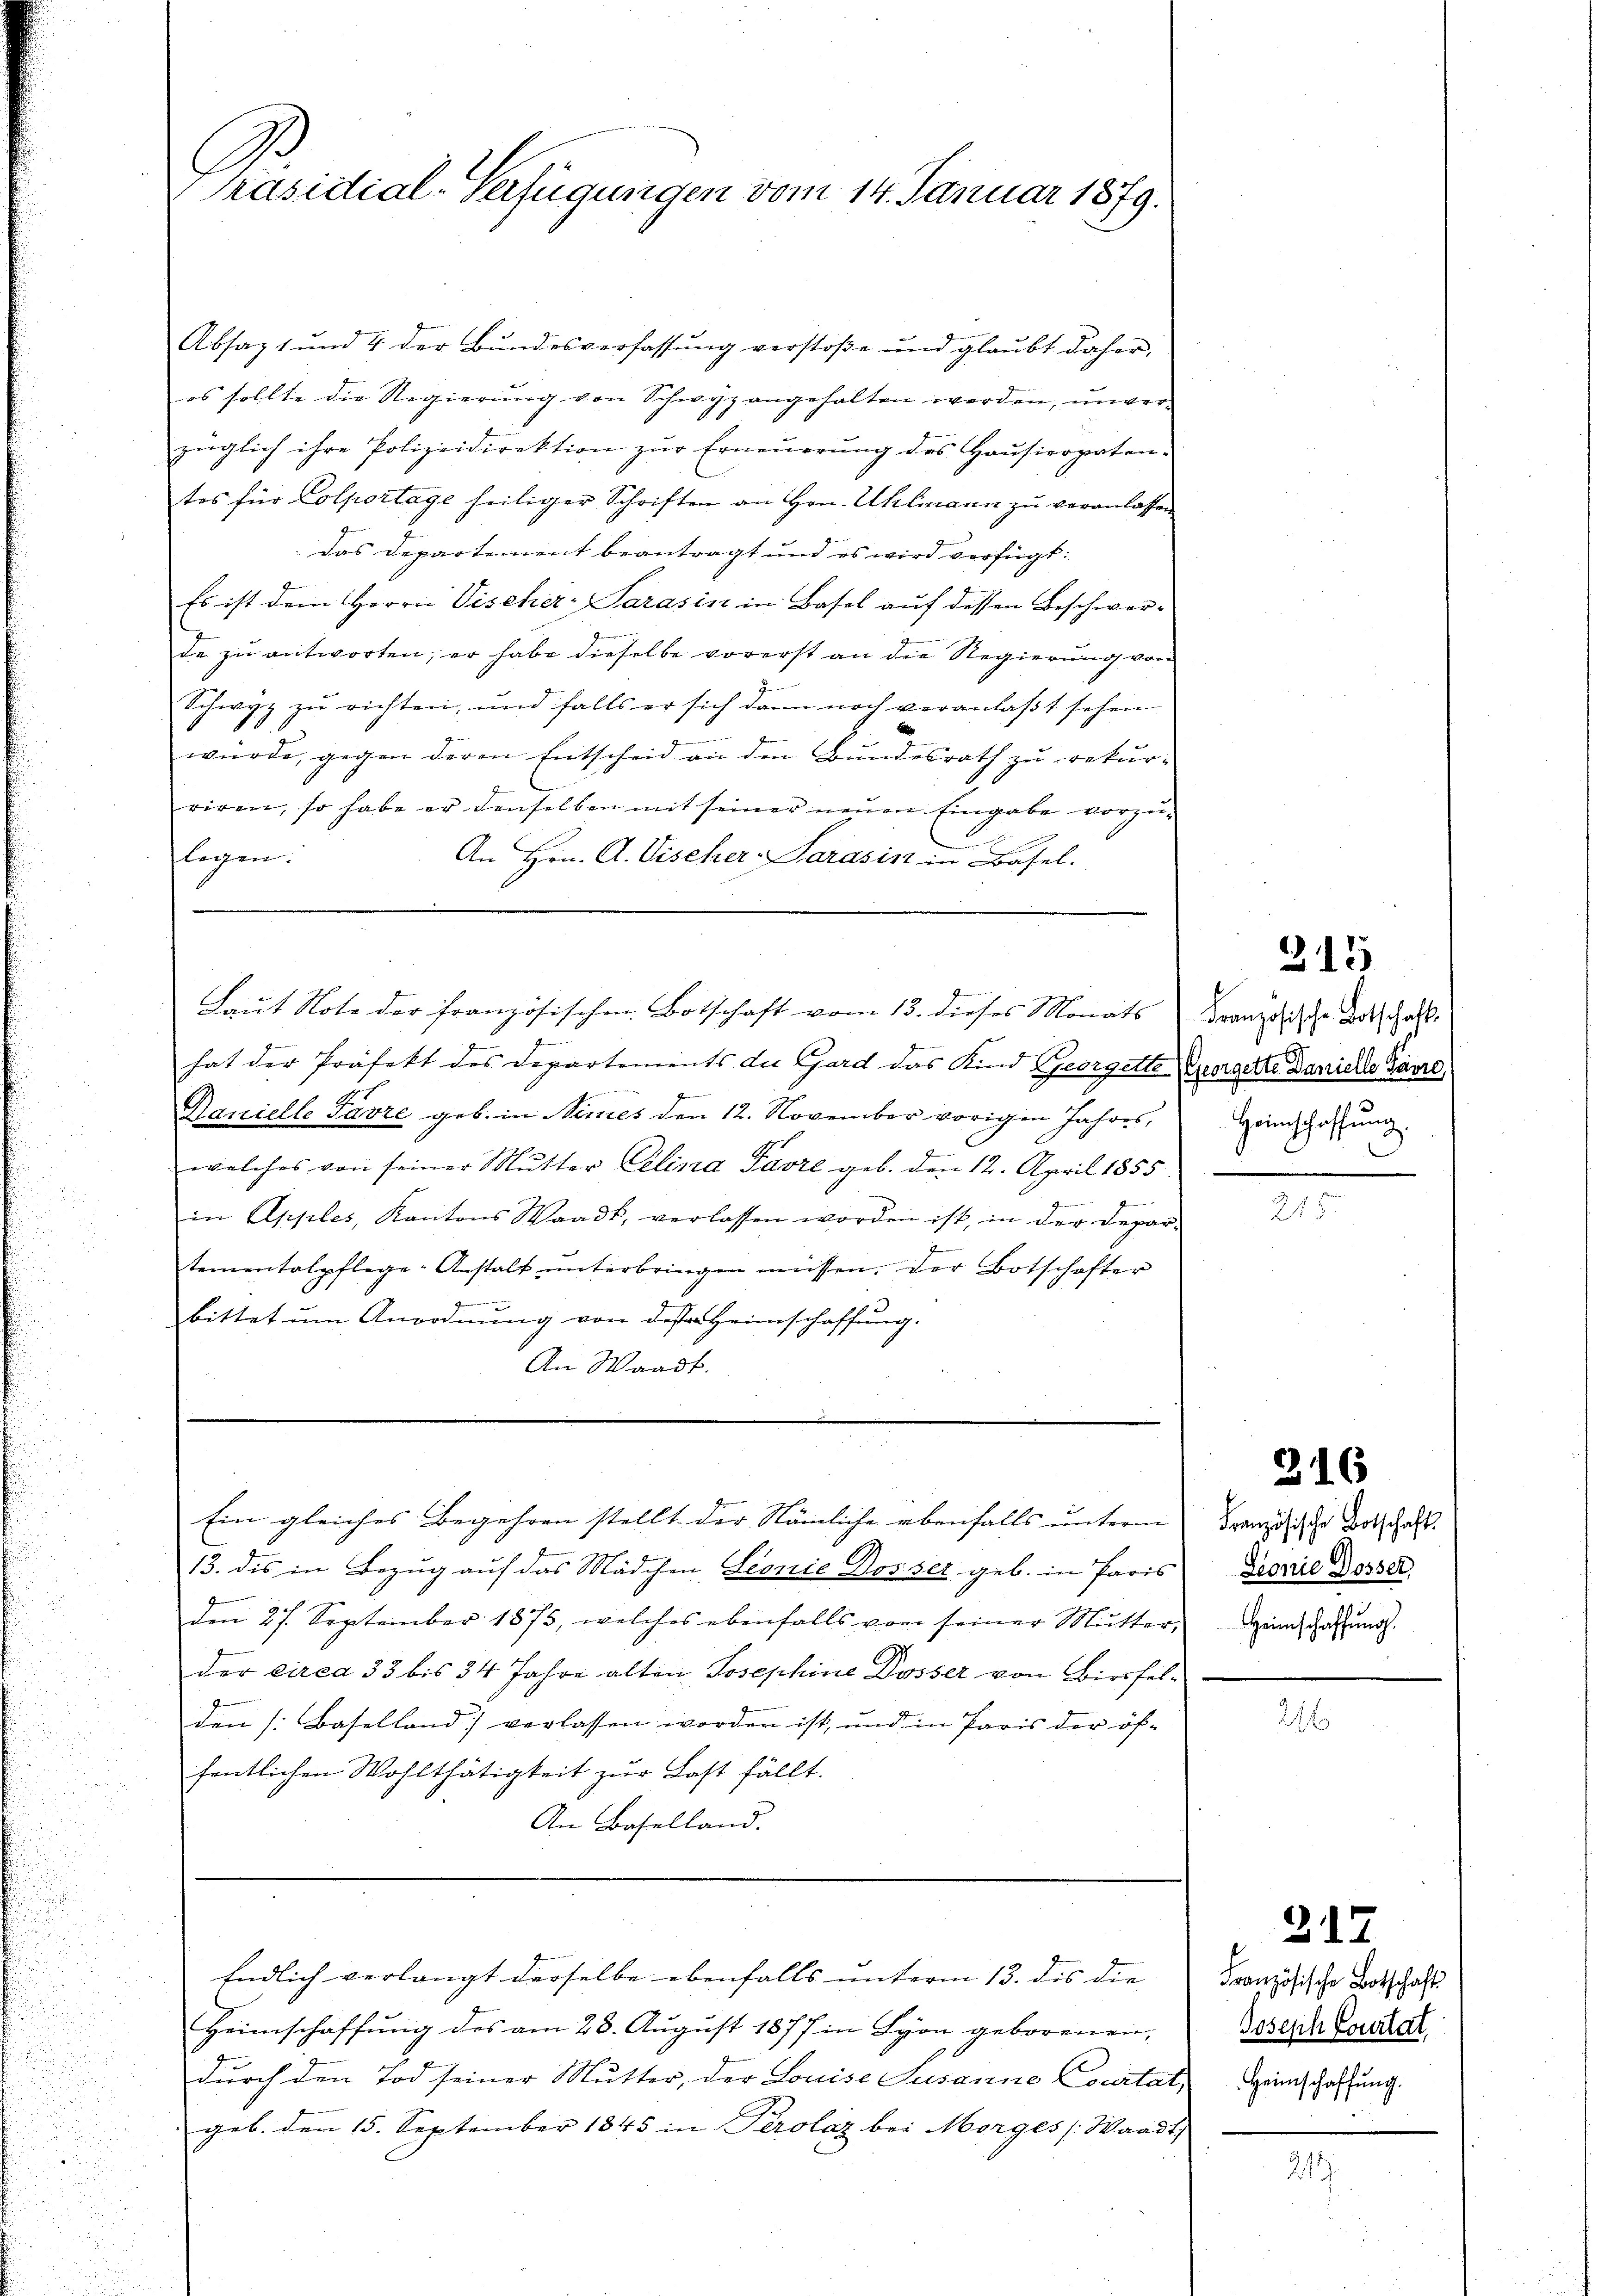
Absagt und 4 der Bŭndesverfassŭng verstoβe ŭnd glaŭbt daher,
es sollte die Regierŭng von Schwyz angehalten werden, unver-
züglich ihre Polizeidirektion zŭr Erneŭerŭng des Haŭsierpaten-
tes für Colportage heiliger Schriften an Hrn. Uhlmann zu veranlassen
Das Departement beantragt und es wird verfügt:
Es ist dem Herrn Vischer- Sarasin in Basel auf dessen Beschwerde zu antworten, er habe dieselbe vorerst an die Regierung von
Schwyz zŭ richten, und falls er sich dann noch veranlaβt sehen
würde, gegen deren Entscheid an den Bundesrath zu rekur-
riren, so habe er denselben mit seiner neuen Eingabe vorzu-
legen.
An Hrn. A. Vischer Sarasin in Basel.

Präsidial-Safügungen vom 14. Januar 1879.

hat der Präfekt des Departements die Gard das Kind Georgette Georgette Danielle Parre
Danielle Favre geb. in Stimes den 12. November vorigen Jahres,
welches von seiner Mutter Eelina Favre geb. den 12. April 1855.
in Apples, Kantons Waadt, verlassen worden ist, in der Depar-
.
tementalpflege-Anstalt ŭnterbringen müssen. Der Botschafter
.
bittet um Anordnung von desser Heimschaffung.
An Waadt.

Laut Note der französischen Botschaft vom 13. dieses Monats

13. dis in Bezug auf das Mädchen Seonie Dos ser geb. in Paris
den 27. September 1875, welches ebenfalls vom seiner Mŭtter-
der circa 33 bis 34 Jahre alten Josephine Dosser von Birsfelden (Baselland) verlassen worden ist, und in Paris der öffentlichen Wohlthätigkeit zur Last fällt.
An Baselland.

Ein gleiches Begehren stellt der Nämliche ebenfalls unterm

Heimschaffung des am 28. August 1877 in Lyon geborenen,
durch den Tod seiner Mutter, der Louise Susanne Courtat
geb. dem 15. September 1845 in Perolaz bei Morges [Waadt

Endlich verlangt derselbe ebenfalls unterm 13. des die |

215

Französische Botschafts
Heimschaffung.
3

216

Französische Botschaft.
Sionie Dosser,
Heimschaffung.

2

317

Französische Botschaft
Joseph Courtat
Heimschaffung.

212